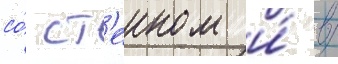
со́ ст'еином и́ в